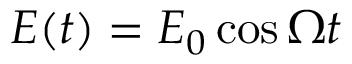
E ( t ) = E _ { 0 } \cos \Omega t